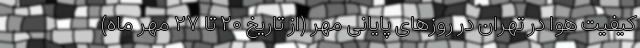
کیفیت هوا در تهران در روز‌های پایانی مهر (از تاریخ ۲۰ تا ۲۷ مهر ماه)